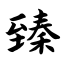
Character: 臻